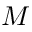
M